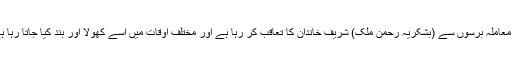
یہ معاملہ برسوں سے (بشکریہ رحمن ملک) شریف خاندان کا تعاقب کر رہا ہے اور مختلف اوقات میں اسے کھولا اور بند کیا جاتا رہا ہے۔